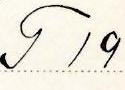
T 19